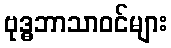
ဗုဒ္ဓဘာသာဝင်များ